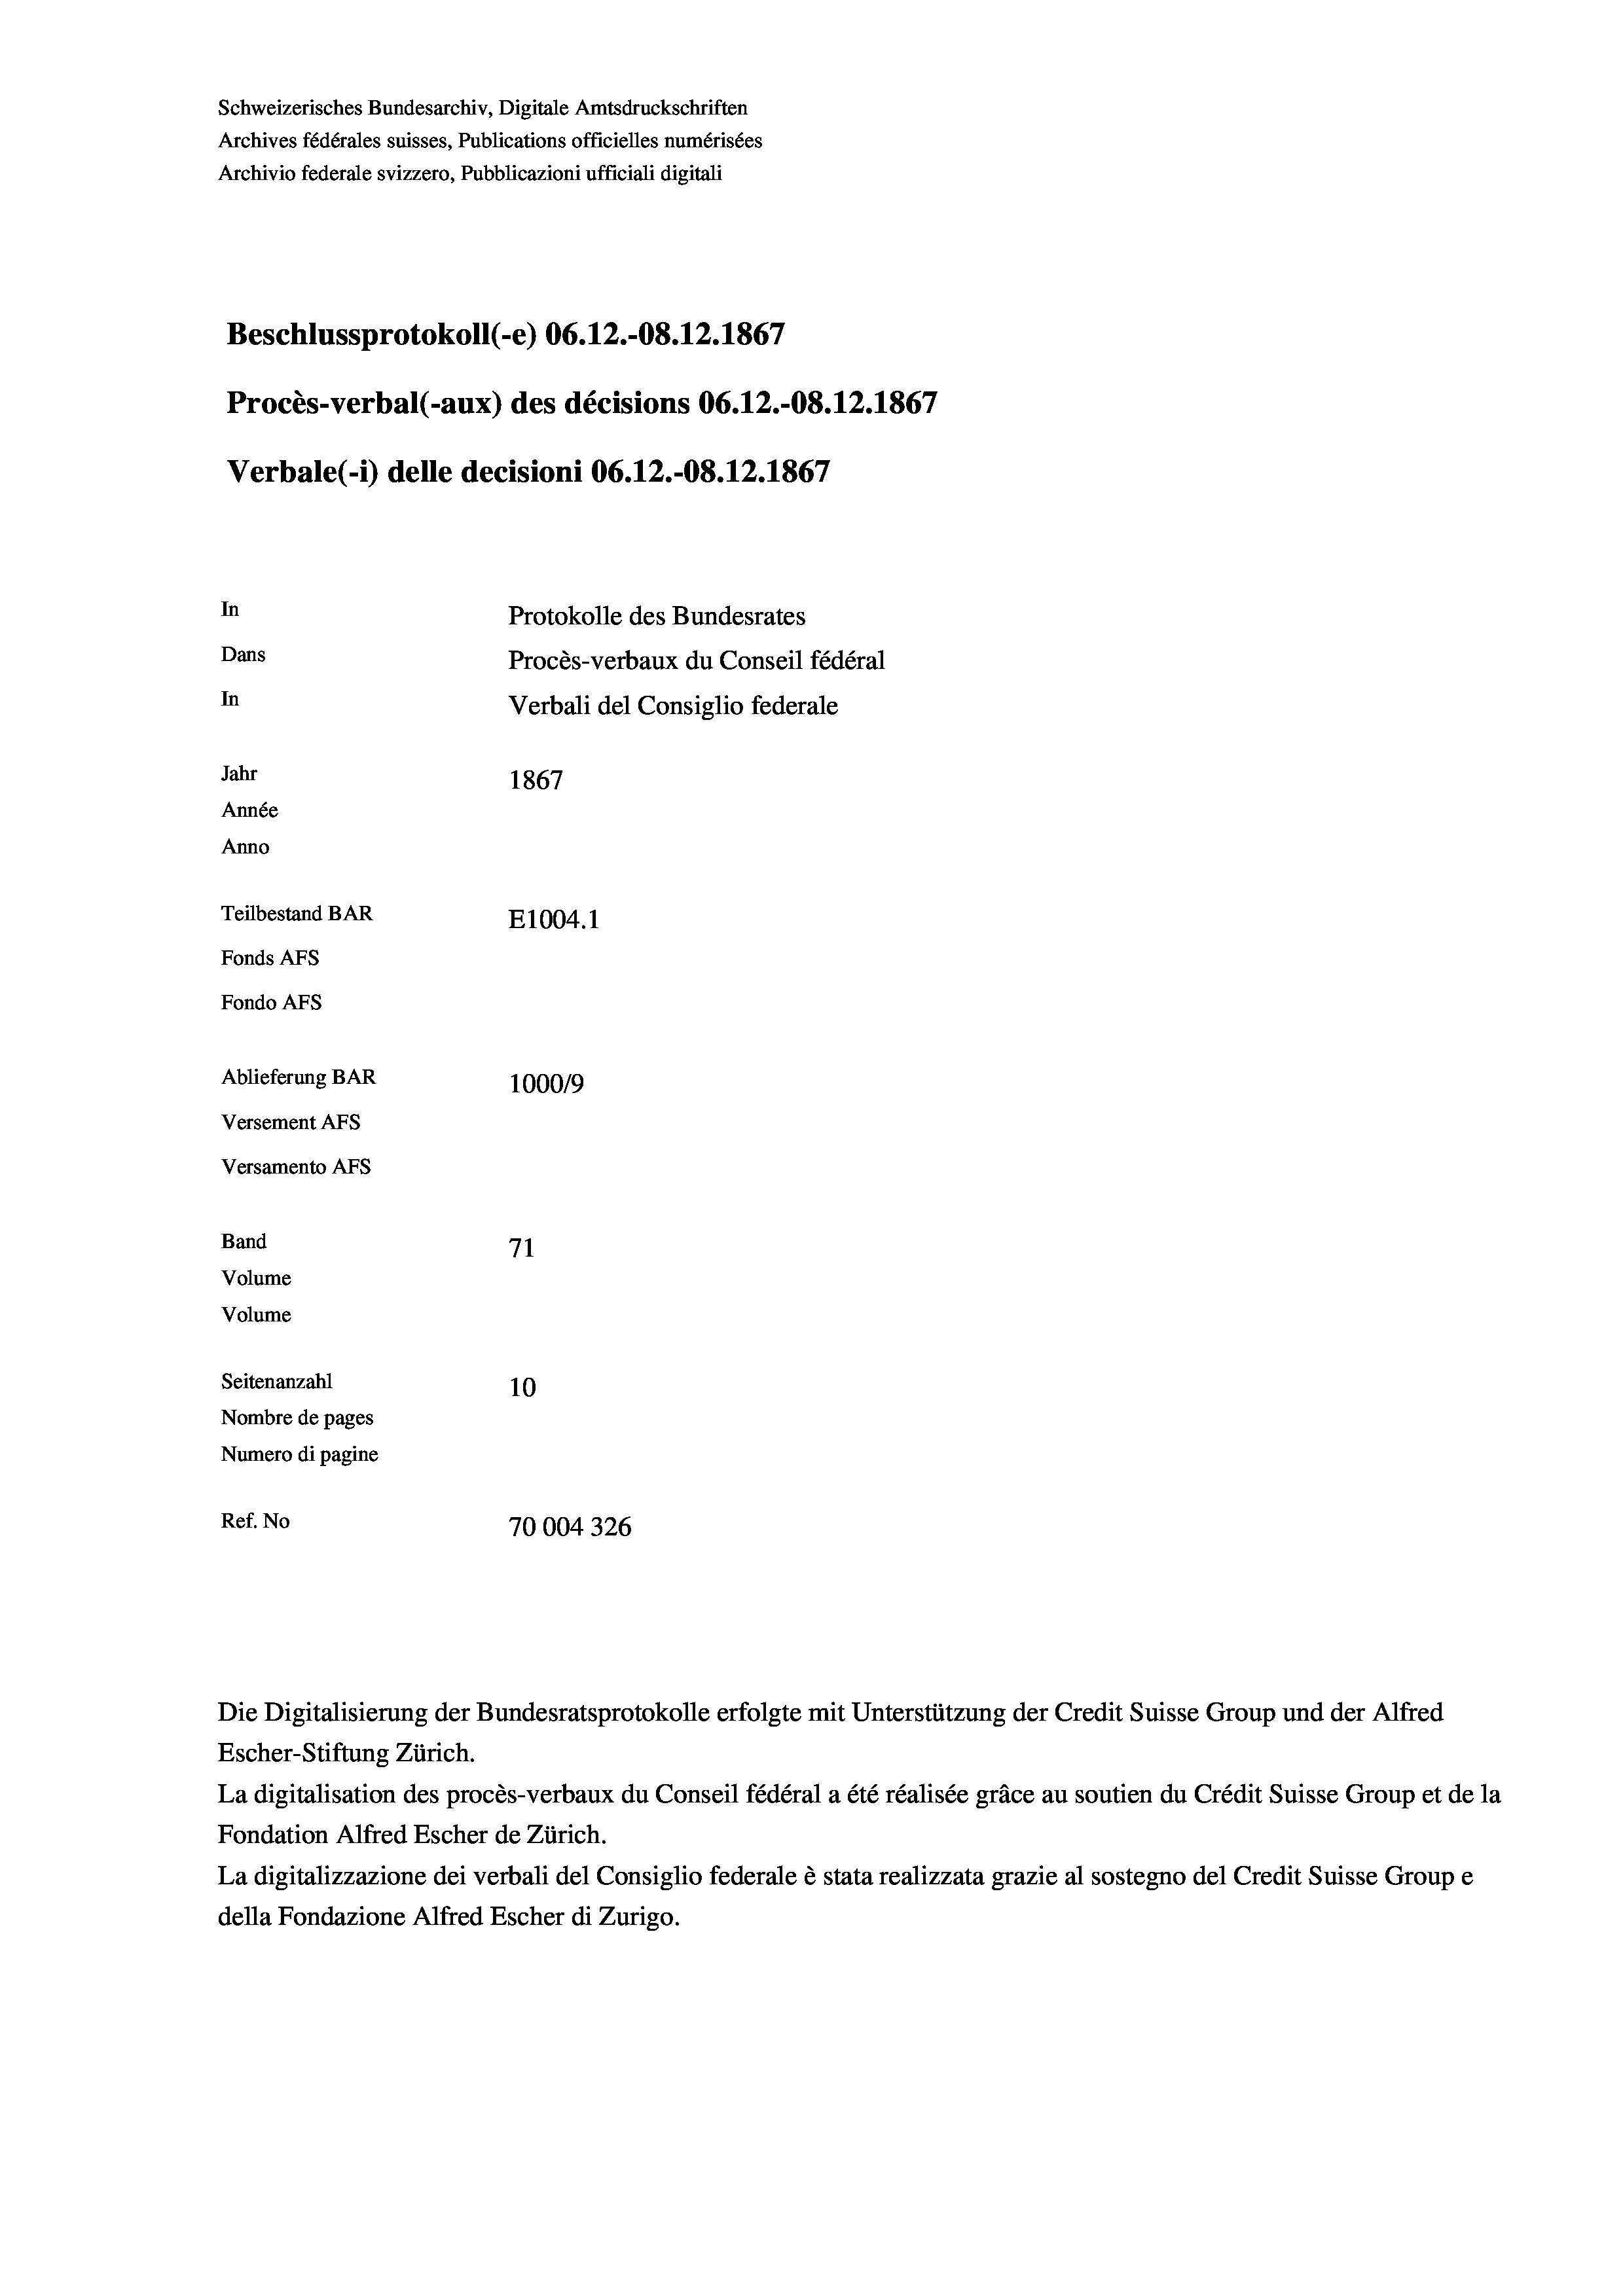
Schweizerisches Bundesarchiv, Digitale Amtsdruckschriften
Archives fédérales suisses, Publications officielles numérisées
Archivio federale svizzero, Pubblicazioni ufficiali digitali
Beschlussprotokoll (-e) 06.12.-08. 12. 1867
Procès-verbal (-aux) des décisions 06.12.-08. 12. 1867
Verbale (- 1) delle decisioni 06.12.-08. 12. 1867
In
Protokolle des Bundesrates
Dans
Procès-verbaux du Conseil fédéral
In
Verbali del Consiglio federale
Jahr
1867
Année
Anno
Teilbestand BAR
E1004. 1
Fonds AFs
Fondo Afs
Ablieferung BAR
100019
Versement Ans
Versamento Afs
Band
71
Volume
Volume
Seitenanzahl
10
Nombre de pages
Numero di pagine
Ref. No
70004326

Escher-Stiftung Zürich.
La digitalisation des procès-verbaux du Conseil fédéral a été réalisée gräce au soutien du Crédit Suisse Group et de la
Fondation Alfred Escher de Zürich.
La digitalizzazione dei verbali del Consiglio federale è stata realizzata grazie al sostegno del Credit Suisse Groupe
della Fondazione Alfred Escher di Zurigo.

Die Digitalisierung der Bundesratsprotokolle erfolgte mit Unterstützung der Credit Suisse Group und der Alfred